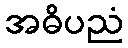
အဓိပညံ